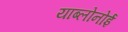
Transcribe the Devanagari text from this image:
याब्लोनोई